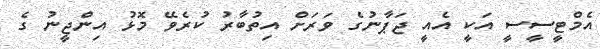
އެމްޓީސީސީ އަކީ އެއީ ޖަޕާނުގެ ވަރަށް އިތުބާރު ކުރެވޭ މޮޅު އިންޖީނު ގެ